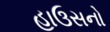
હાઉસનો